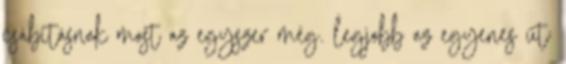
csábításnak most az egyszer még. legjobb az egyenes út;